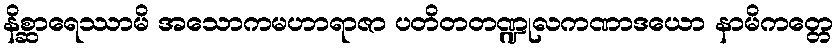
နိစ္ဆာရေဿာမိ အသောကမဟာရာဇာ ပတိတတဏ္ဍုလကဏာဒယော နာမိကတ္တေ